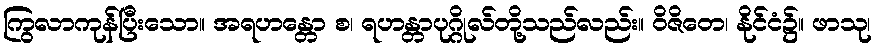
ကြွလာကုန်ပြီးသော။ အရဟန္တော စ၊ ရဟန္တာပုဂ္ဂိုလ်တို့သည်လည်း။ ဝိဇိတေ၊ နိုင်ငံ၌။ ဖာသု၊